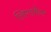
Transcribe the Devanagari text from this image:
लिगामेन्ट